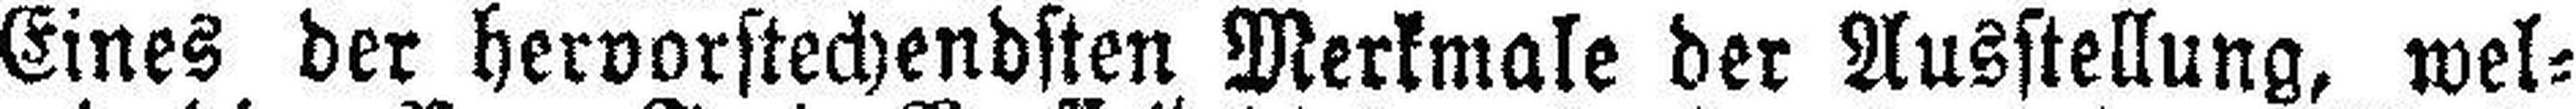
Eines der hervorstechendsten Merkmale der Ausstellung, wel¬